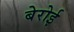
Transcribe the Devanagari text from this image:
बेरोई